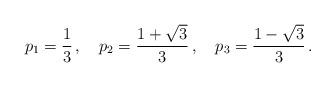
LaTeX: \begin{align*}p_1 = \frac{1}{3}\,,~~~ p_2 = \frac{1+\sqrt{3}}{3}\,,~~~ p_3 = \frac{1-\sqrt{3}}{3} \,. \end{align*}